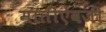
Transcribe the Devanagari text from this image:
मातीऐवजी